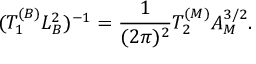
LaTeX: ( T _ { 1 } ^ { ( B ) } L _ { B } ^ { 2 } ) ^ { - 1 } = { \frac { 1 } { ( 2 \pi ) ^ { 2 } } } T _ { 2 } ^ { ( M ) } A _ { M } ^ { 3 / 2 } .